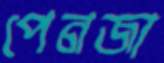
পেনজা